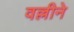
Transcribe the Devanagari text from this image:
वल्लीने